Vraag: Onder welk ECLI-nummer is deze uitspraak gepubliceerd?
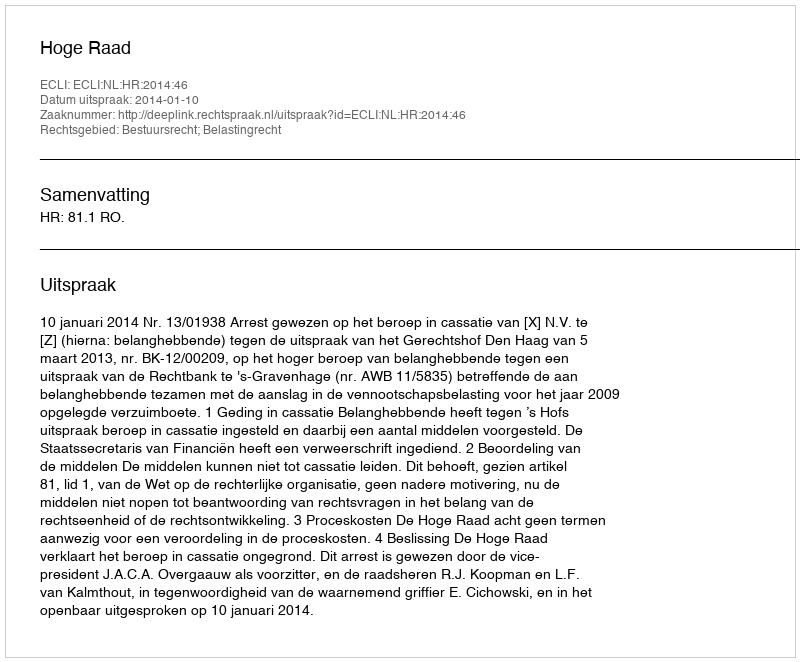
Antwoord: ECLI:NL:HR:2014:46